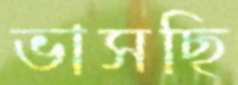
ভাসছি